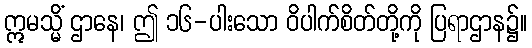
ဣမသ္မိံ ဌာနေ၊ ဤ ၁၆-ပါးသော ဝိပါက်စိတ်တို့ကို ပြရာဌာန၌။